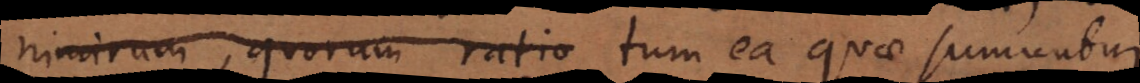
nimirum, quorum ratio tum ea quae sumuntur